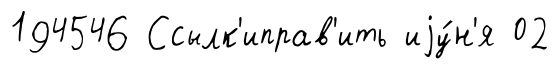
194546 Ссылк'иправ'ить иjу́н'я 02